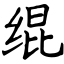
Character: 绲